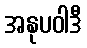
အနုပဝါဒီ